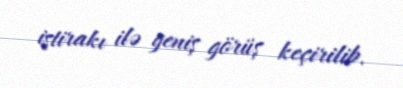
iştirakı ilə geniş görüş keçirilib.